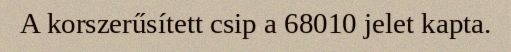
A korszerűsített csip a 68010 jelet kapta.